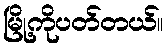
မြို့ကိုပတ်တယ်။